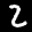
Label: 2